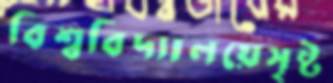
বিশ্ববিদ্যালয়েসৃষ্ট